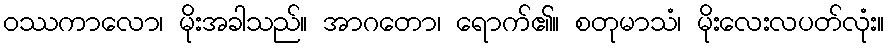
ဝဿကာလော၊ မိုးအခါသည်။ အာဂတော၊ ရောက်၏။ စတုမာသံ၊ မိုးလေးလပတ်လုံး။